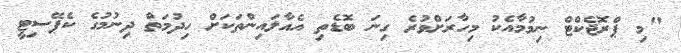
"މި ޕްރޮޖެކްޓް ނިމުމާއެކު މިހާރަށްވުރެ ގިނަ ބޮޑެތި އެއާލައިންތަކަށް ހިދުމަތް ދިނުމުގެ ކެޕޭސިޓީ